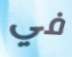
في